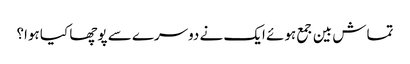
تماش بین جمع ہوئے ایک نے دوسرے سے پوچھا کیا ہوا؟